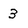
Character: 3